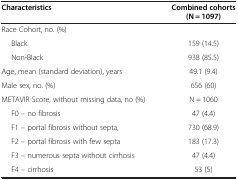
| Characteristics | Combined cohorts (N = 1097) |
 | --- | --- |
 | Race Cohort, no. (%) |  |
 | Black | 159 (14.5) |
 | Non-Black | 938 (85.5) |
 | Age, mean (standard deviation), years | 49.1 (9.4) |
 | Male sex, no. (%) | 656 (60) |
 | METAVIR Score, without missing data, no (%) | N = 1060 |
 | F0 – no fibrosis | 47 (4.4) |
 | F1 – portal fibrosis without septa, | 730 (68.9) |
 | F2 – portal fibrosis with few septa | 183 (17.3) |
 | F3 – numerous septa without cirrhosis | 47 (4.4) |
 | F4 – cirrhosis | 53 (5) |